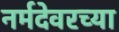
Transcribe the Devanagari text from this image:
नर्मदेवरच्या